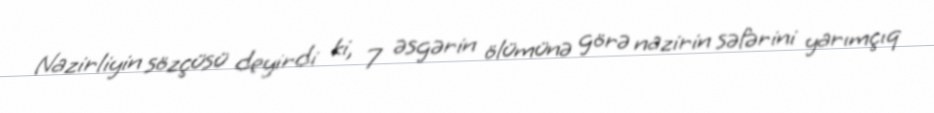
Nazirliyin sözçüsü deyirdi ki, 7 əsgərin ölümünə görə nazirin səfərini yarımçıq